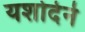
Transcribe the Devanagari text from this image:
यशोदेने